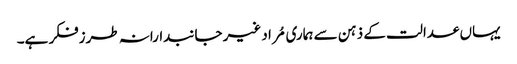
یہاں عدالت کے ذہن سے ہماری مُراد غیر جانبدارانہ طرزفکر ہے۔